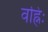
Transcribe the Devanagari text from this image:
वह्निः